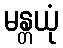
မန္တယုံ